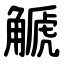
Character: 䚦